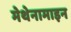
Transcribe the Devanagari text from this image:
मेथेनामाइन